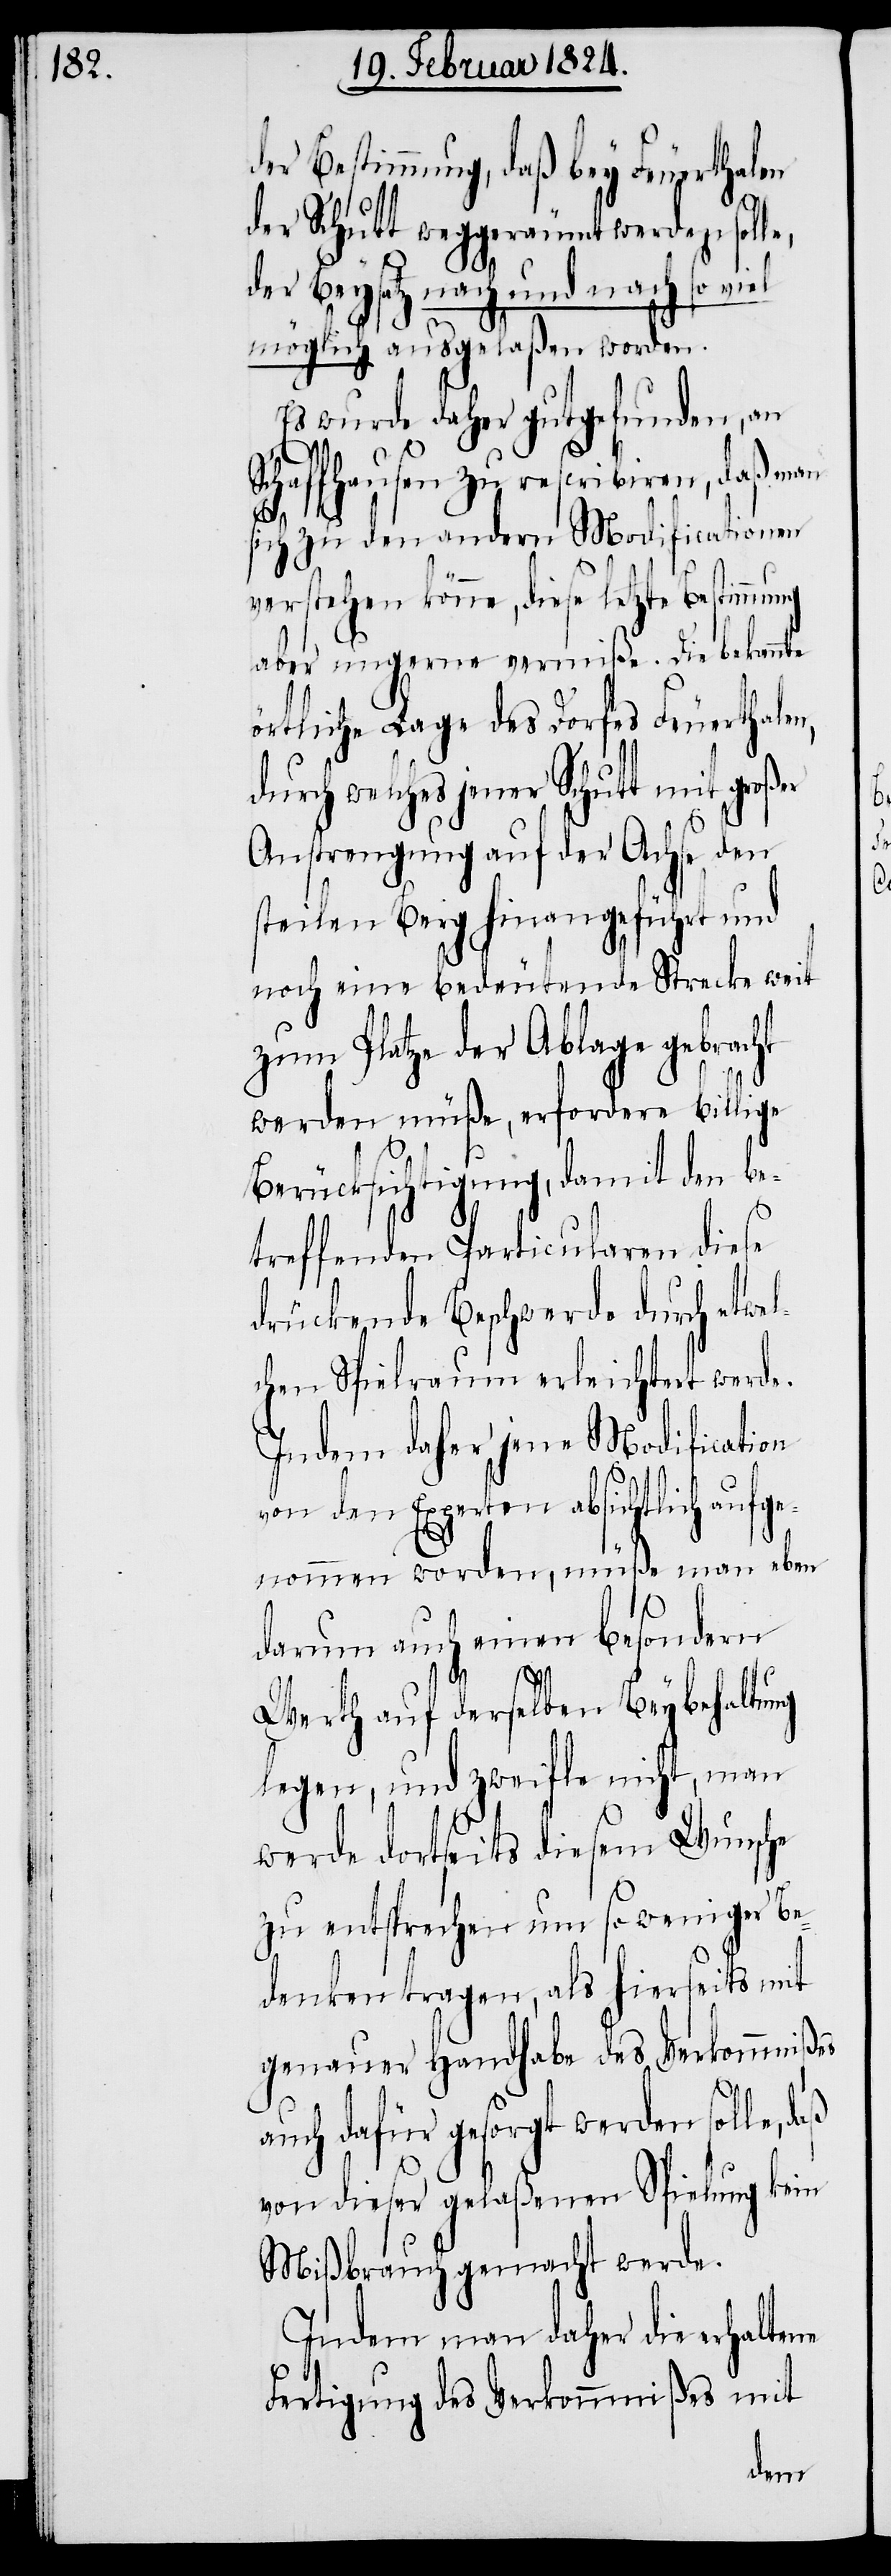
der Bestimmung, daß bey Feuerthalen
der Schutt weggeräumt werden solle,
der Beysatz nach und nach so viel
möglich ausgelaßen worden.
Es wurde daher gutgefunden, an
Schaffhausen zu rescribiren, daß man
sich zu den andern Modificationen
verstehen könne, diese letzte Bestimmung
aber ungerne vermiße. Die bekannte
örtliche Lage des Dorfes Feuerthalen,
durch welches jener Schutt mit großer
Anstrengung auf der Achse den
steilen Berg hinaufgeführt und
noch eine bedeutende Strecke weit
zum Platze der Ablage gebracht
werden müße, erfordere billige
Berücksichtigung, damit den be¬
treffenden Particularen diese
drückende Beschwerde durch etwe¬
lchen Spielraum erleichtert werde.
Indem daher jene Modification
von Experten absichtlich auf¬
genommen worden, müße man eben
darum auch einen besondern
Werth auf derselben Beybehaltung
legen, und zweifle nicht, man
werde dortseits diesem Wunsche
zu entsprechen um so weniger Be¬
denken tragen, als hierseits mit
genauer Handhabe des Verkommnißes
auch dafür gesorgt werden solle,
von dieser gelaßenen Spielung kein
Mißbrauch gemacht werde.
Indem man daher die erhaltene
Fertigung des Verkommnißes mit